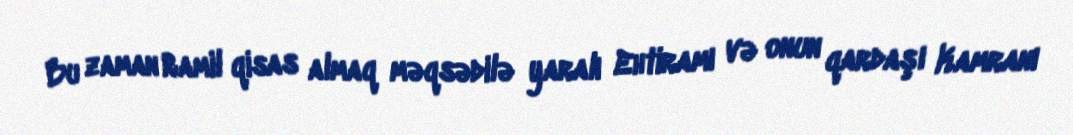
Bu zaman Ramil qisas almaq məqsədilə yaralı Ehtiramı və onun qardaşı Kamranı